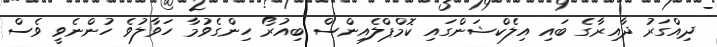
ދިއްގަރު ދާއިރާގެ ބައި އިލެކްޝަންގައި ކޮމްޕްލެއިންސް ބިއުރޯ ހިންގެވުމާ ހަވާލުވެ ހުންނެވީ ވެސް